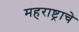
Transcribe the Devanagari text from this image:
महराष्ट्राचे